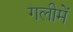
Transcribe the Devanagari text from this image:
गलीमें